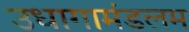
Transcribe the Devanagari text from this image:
उधागामंडलम